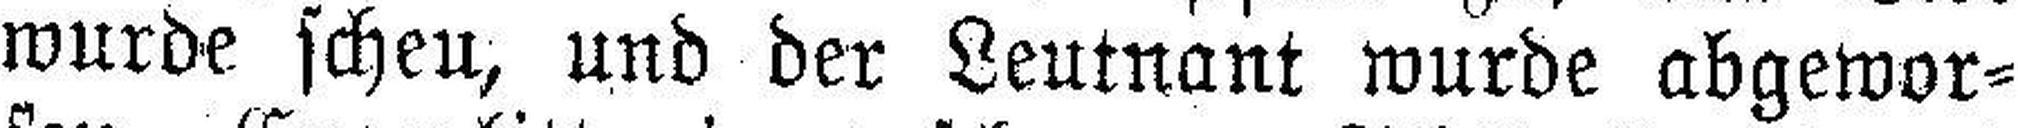
wurde scheu, und der Leutnant wurde abgewor¬